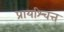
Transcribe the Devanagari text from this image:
प्रायश्‍चित्त